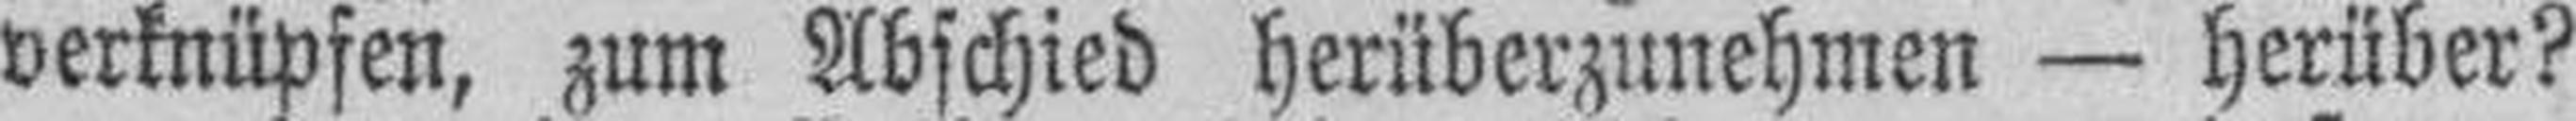
verknüpfen, zum Abschied herüberzunehmen — herüber?